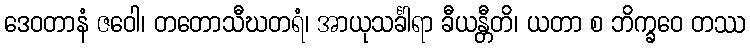
ဒေဝတာနံ ဇဝေါ၊ တတောသီဃတရံ၊ အာယုသင်္ခါရာ ခီယန္တီတိ၊ ယတာ စ ဘိက္ခဝေ တဿ